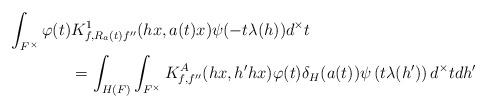
LaTeX: \begin{align*}\displaystyle \int_{F^\times} \varphi(t) & K^1_{f,R_a(t)f''}(hx,a(t)x) \psi(-t\lambda(h))d^\times t \\ & =\int_{H(F)}\int_{F^\times} K^A_{f,f''}(hx,h'hx)\varphi(t)\delta_H(a(t)) \psi\left(t\lambda(h')\right) d^\times t dh'\end{align*}